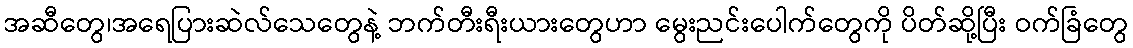
အဆီတွေ၊အရေပြားဆဲလ်သေတွေနဲ့ ဘက်တီးရီးယားတွေဟာ မွေးညင်းပေါက်တွေကို ပိတ်ဆို့ပြီး ဝက်ခြံတွေ